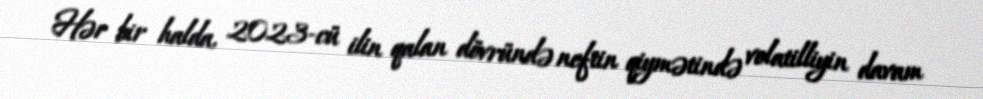
Hər bir halda, 2023-cü ilin qalan dövründə neftin qiymətində volatilliyin davam